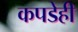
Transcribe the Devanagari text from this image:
कपडेही